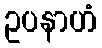
ဥပနာဟံ